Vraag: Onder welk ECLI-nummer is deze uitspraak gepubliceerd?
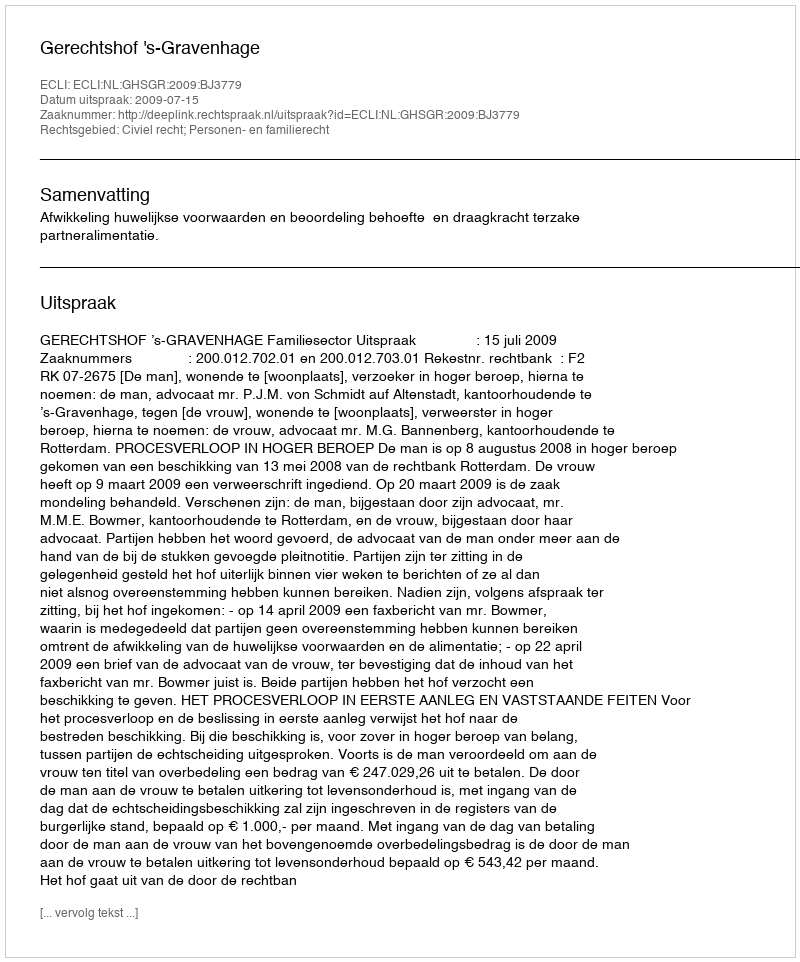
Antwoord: ECLI:NL:GHSGR:2009:BJ3779